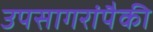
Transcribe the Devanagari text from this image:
उपसागरांपैकी